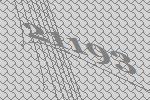
21193